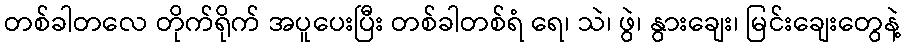
တစ်ခါတလေ တိုက်ရိုက် အပူပေးပြီး တစ်ခါတစ်ရံ ရေ၊ သဲ၊ ဖွဲ၊ နွားချေး၊ မြင်းချေးတွေနဲ့